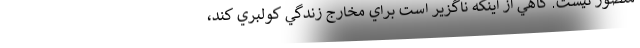
متصور نيست. گاهي از اينكه ناگزير است براي مخارج زندگي كولبري كند،